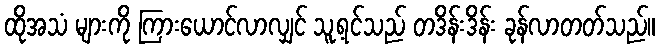
ထိုအသံ များကို ကြားယောင်လာလျှင် သူ့ရင်သည် တဒိန်းဒိန်း ခုန်လာတတ်သည်။